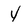
Character: 4